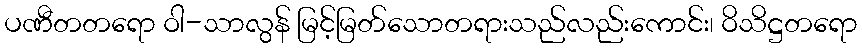
ပဏီတတရော ဝါ-သာလွန် မြင့်မြတ်သောတရားသည်လည်းကောင်း၊ ဝိသိဋ္ဌတရော